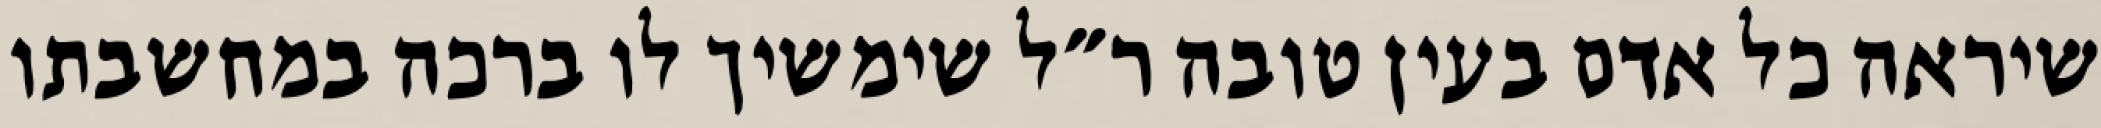
שיראה כל אדם בעין טובה ר״ל שימשיך לו ברכה במחשבתו